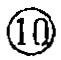
\(\textcircled{10}\)